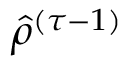
{ \hat { \rho } } ^ { ( \tau - 1 ) }